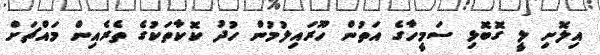
އިލޮށި ލީ ގޮބޮޅި ސަމީހާގެ އަތުން ހޫރައިލުމުން ހުދު ކޮކާތަކުގެ ތެރެއިން މައްޗަށް